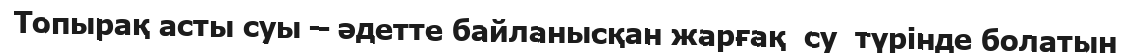
Топырақ асты суы – әдетте байланысқан жарғақ  су  түрінде болатын